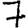
Digit: 7